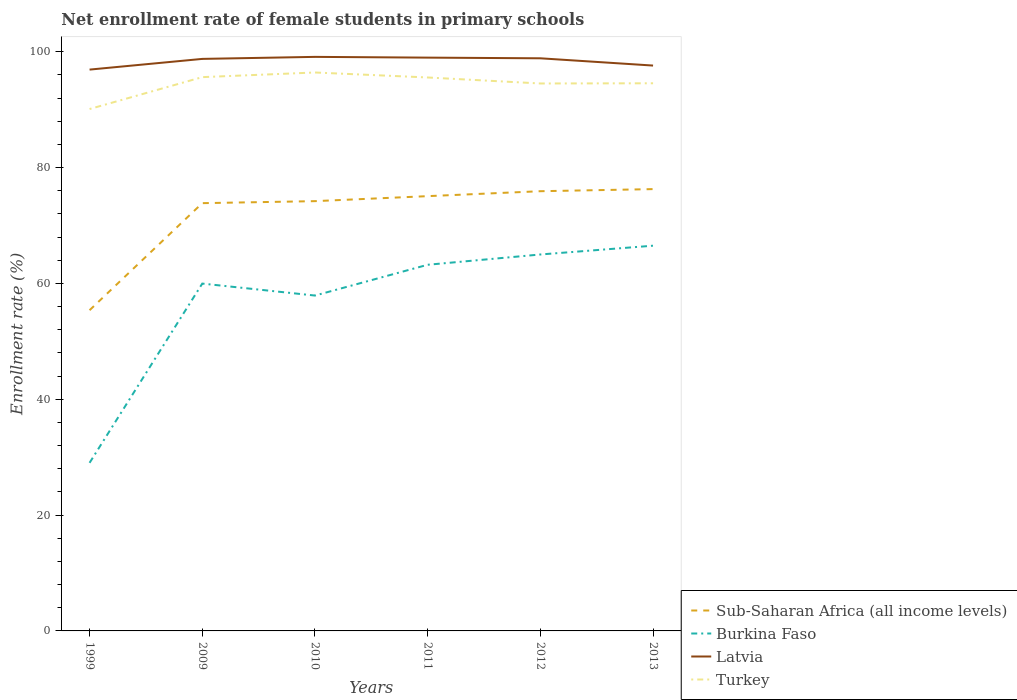
| Years | Sub-Saharan Africa (all income levels) | Burkina Faso | Latvia | Turkey |
 | --- | --- | --- | --- | --- |
 | 1999 | 55.4 | 29 | 96.9 | 90.1 |
 | 2009 | 73.9 | 60 | 98.8 | 95.6 |
 | 2010 | 74.2 | 57.9 | 99.1 | 96.4 |
 | 2011 | 75.1 | 63.2 | 99 | 95.6 |
 | 2012 | 75.9 | 65 | 98.9 | 94.5 |
 | 2013 | 76.3 | 66.5 | 97.6 | 94.6 |